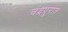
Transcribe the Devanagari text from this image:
चंद्रपुरात